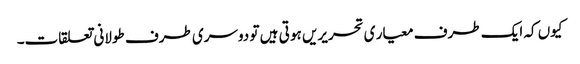
کیوں کہ ایک طرف معیار ی تحریریں ہو تی ہیں تو دوسری طرف طولانی تعلقات۔